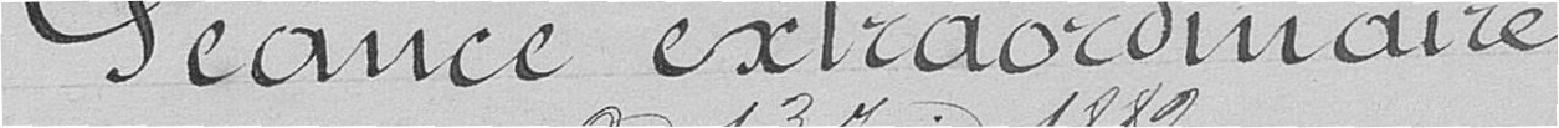
Séance extraordinaire